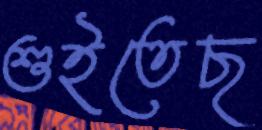
শুইতেছ